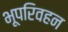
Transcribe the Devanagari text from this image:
भूपरिवहन